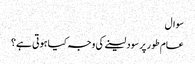
سوال
عام طور پر سود لینے کی وجہ کیا ہوتی ہے؟